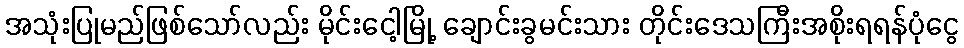
အသုံးပြုမည်ဖြစ်သော်လည်း မိုင်းငေါ့မြို့ ချောင်းခွမင်းသား တိုင်းဒေသကြီးအစိုးရရန်ပုံငွေ